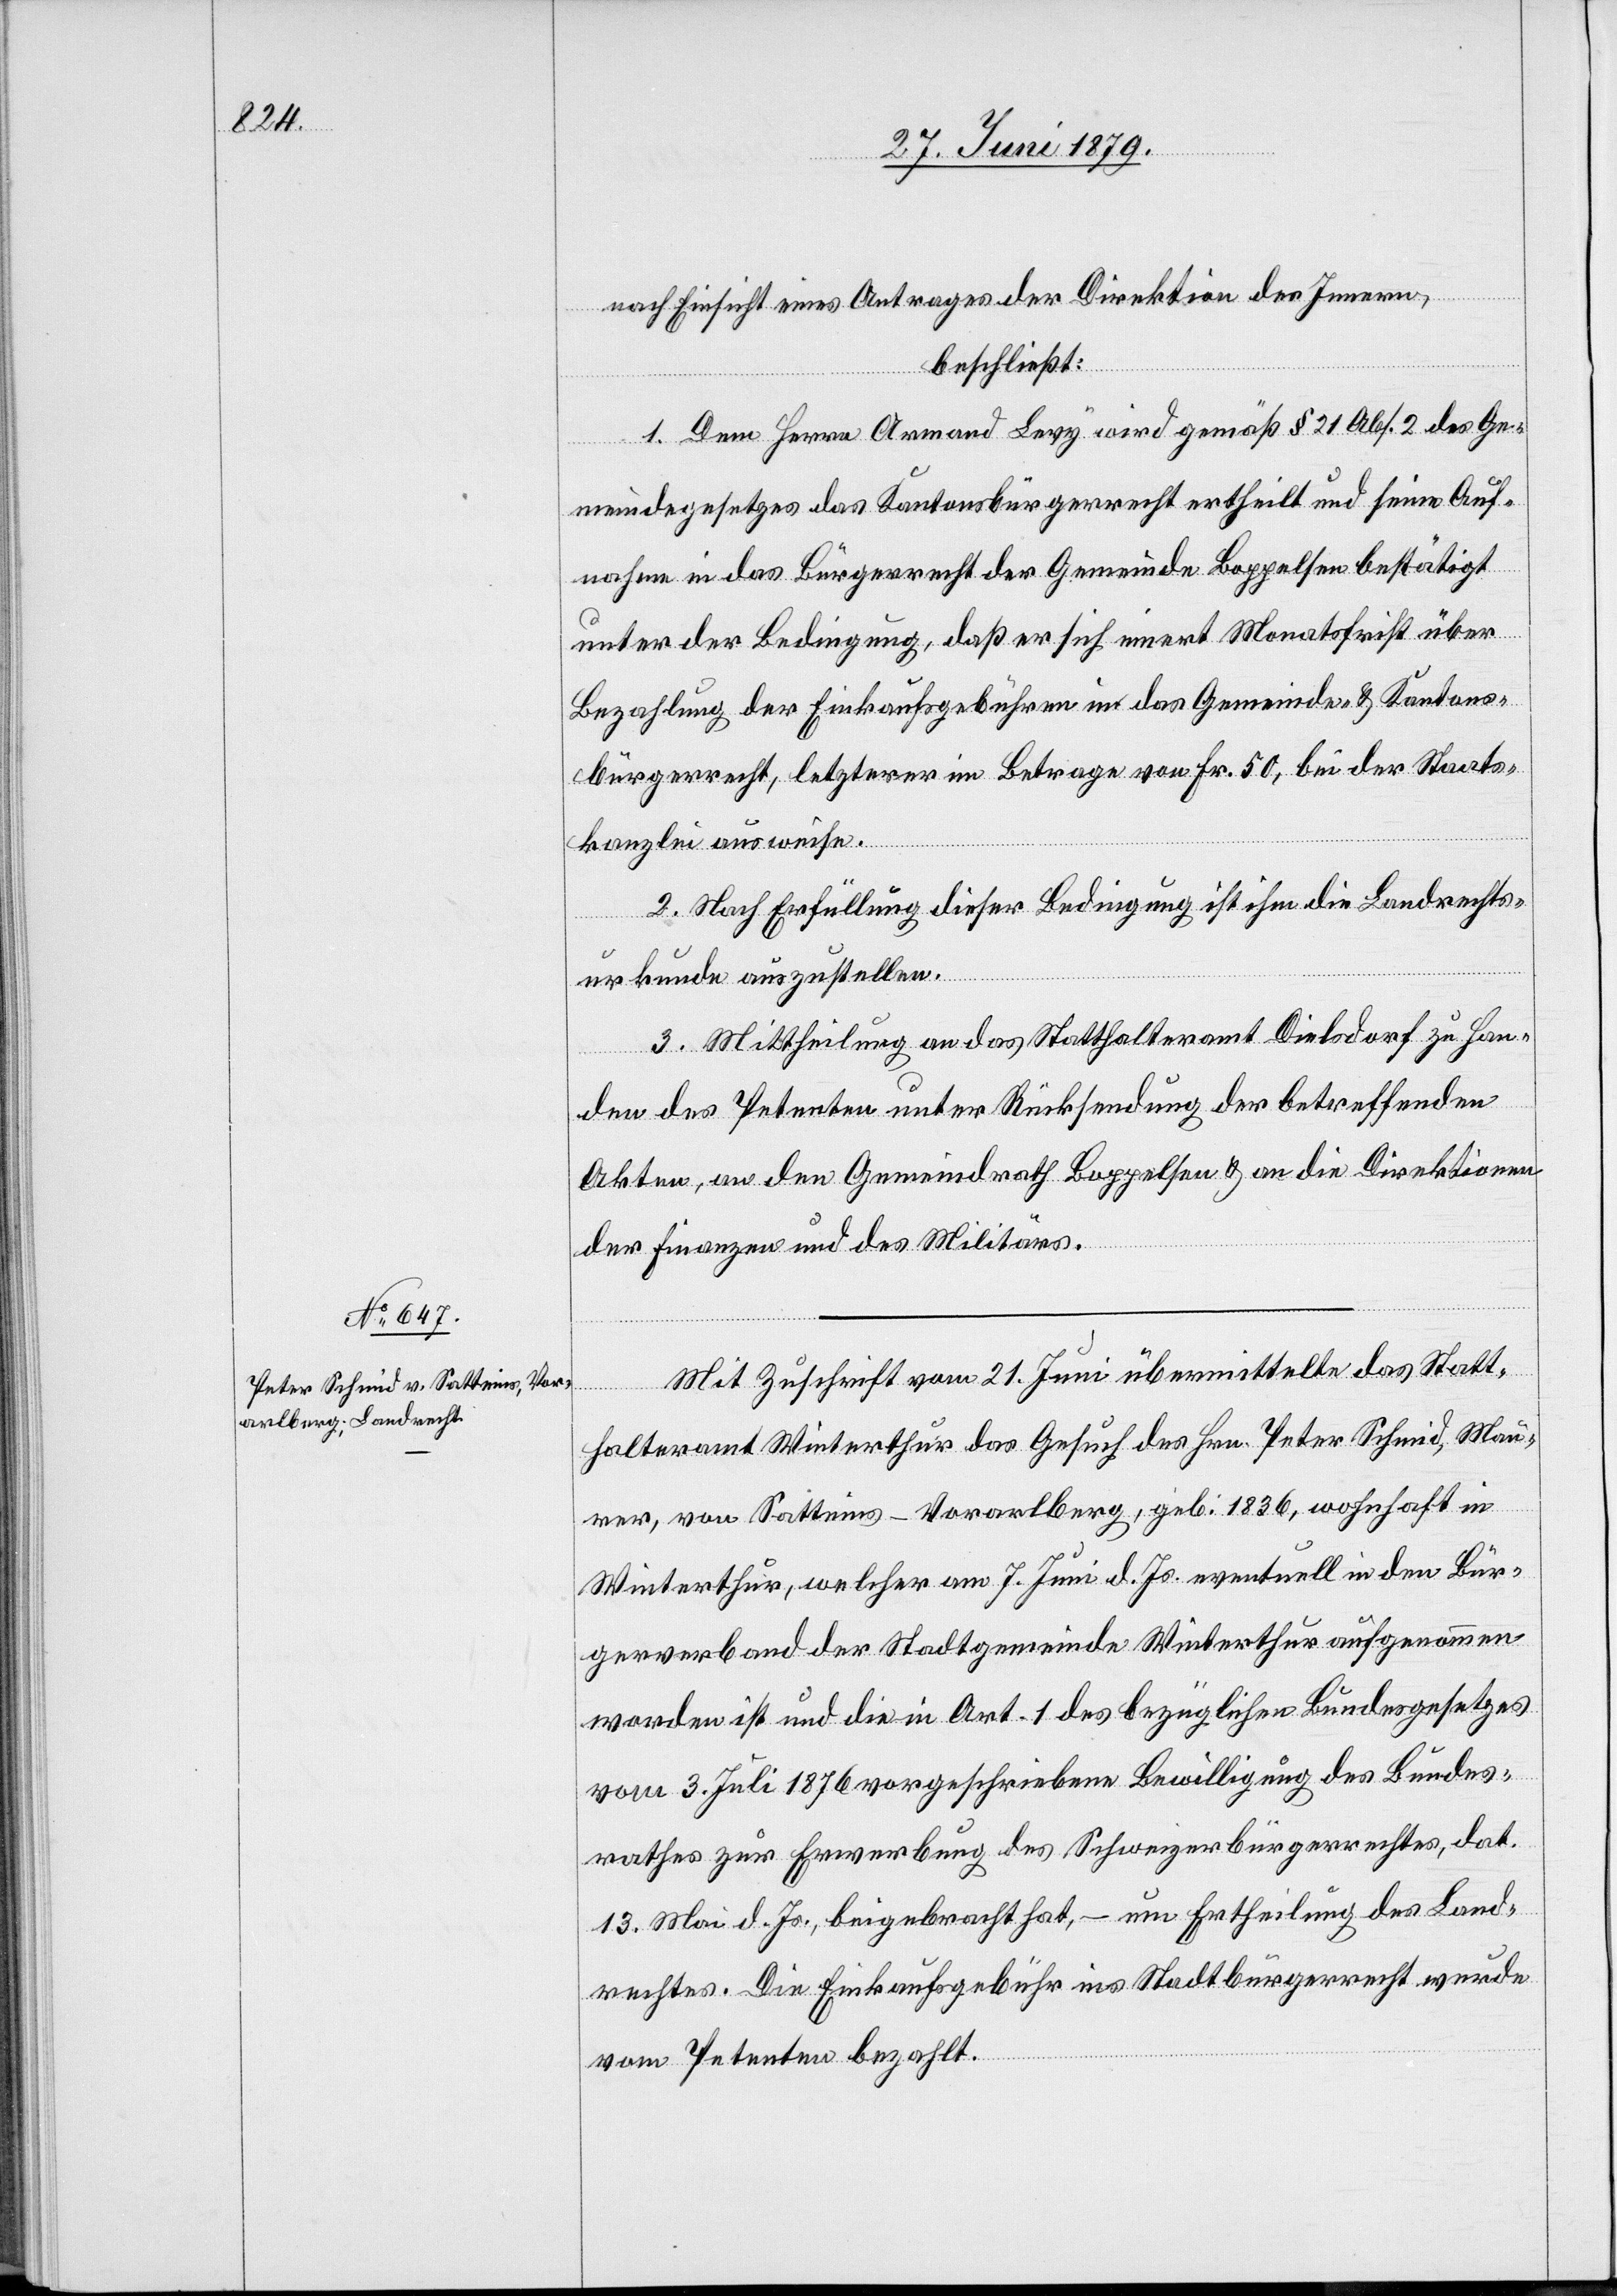
nach Einsicht eines Antrages der Direktion des Innern,
beschließt:
1. Dem Herrn Armand Levy wird gemäß § 21 Abs. 2 des Ge¬
meindegesetzes das Kantonsbürgerrecht ertheilt und seine Auf¬
nahme in das Bürgerrecht der Gemeinde Boppelsen bestätigt
unter der Bedingung, daß er sich innert Monatsfrist über
Bezahlung der Einkaufsgebühren in das Gemeinde- & Kantons¬
bürgerrecht, letzterer im Betrage von Fr. 50, bei der Staats¬
kanzlei ausweise.
2. Nach Erfüllung dieser Bedingung ist ihm die Landrechts¬
urkunde auszustellen.
3. Mittheilung an das Statthalteramt Dielsdorf zu Han¬
den des Petenten unter Rücksendung der betreffenden
Akten, an den Gemeindrath Boppelsen & an die Direktionen
der Finanzen und des Militärs.
Mit Zuschrift vom 21. Juni übermittelte das Statt¬
halteramt Winterthur das Gesuch des Hrn. Peter Schmid, Mau¬
rer, von Satteins - Vorarlberg, geb. 1836, wohnhaft in
Winterthur, welcher am 7. Juni d. Js. eventuell in den Bür¬
gerverband der Stadtgemeinde Winterthur aufgenommen
worden ist und die in Art. 1 des bezüglichen Bundesgesetzes
vom 3. Juli 1876 vorgeschriebene Bewilligung des Bundes¬
rathes zur Erwerbung des Schweizerbürgerrechtes, dat.
13. Mai d. Js., beigebracht hat, – um Ertheilung des Land¬
rechtes. Die Einkaufsgebühr ins Stadtbürgerrecht wurde
vom Petenten bezahlt.